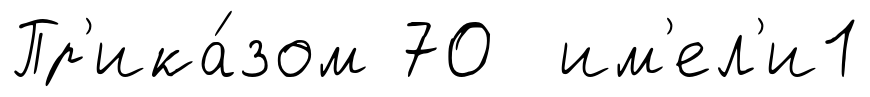
Пр'ика́зом 70 им'ел'и1